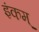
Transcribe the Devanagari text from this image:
इंकम्